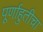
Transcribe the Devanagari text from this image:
पूर्णाहुतीचा